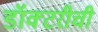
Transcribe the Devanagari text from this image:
डॉक्टरीची